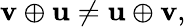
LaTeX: \mathbf{v}\oplus\mathbf{u}\neq\mathbf{u}\oplus\mathbf{v},